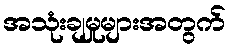
အသုံးချမှုများအတွက်